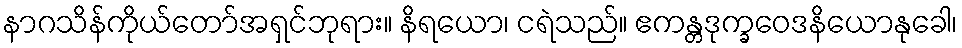
နာဂသိန်ကိုယ်တော်အရှင်ဘုရား။ နိရယော၊ ငရဲသည်။ ဧကန္တဒုက္ခဝေဒနိယောနုခေါ၊